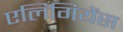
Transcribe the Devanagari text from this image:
एलिगियेंस